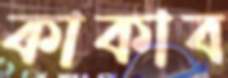
কাকাব